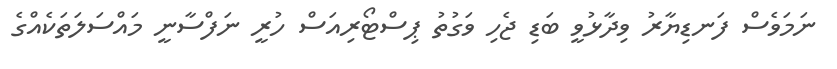
ނަމަވެސް ފަނޑިޔާރު ވިދާޅުވީ ބަޑި ޖެހި ވަގުތު ޕިސްޓޯރިއަސް ހުރީ ނަފްސާނީ މައްސަލަތަކެއްގެ